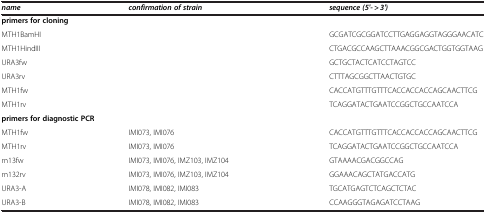
<table><thead><tr><td><b><i>name</i></b></td><td><b><i>confirmation of strain</i></b></td><td><b><i>sequence (5&#x27;- &gt; 3&#x27;)</i></b></td></tr></thead><tbody><tr><td colspan="2"><b>primers for cloning</b></td><td> </td></tr><tr><td colspan="2">MTH1BamHI</td><td>GCGATCGCGGATCCTTGAGGAGGTAGGGAACATC</td></tr><tr><td colspan="2">MTH1HindIII</td><td>CTGACGCCAAGCTTAAACGGCGACTGGTGGTAAG</td></tr><tr><td>URA3fw</td><td> </td><td>GCTGCTACTCATCCTAGTCC</td></tr><tr><td>URA3rv</td><td> </td><td>CTTTAGCGGCTTAACTGTGC</td></tr><tr><td>MTH1fw</td><td> </td><td>CACCATGTTTGTTTCACCACCACCAGCAACTTCG</td></tr><tr><td>MTH1rv</td><td> </td><td>TCAGGATACTGAATCCGGCTGCCAATCCA</td></tr><tr><td colspan="3"><b>primers for diagnostic PCR</b></td></tr><tr><td>MTH1fw</td><td>IMI073, IMI076</td><td>CACCATGTTTGTTTCACCACCACCAGCAACTTCG</td></tr><tr><td>MTH1rv</td><td>IMI073, IMI076</td><td>TCAGGATACTGAATCCGGCTGCCAATCCA</td></tr><tr><td>m13fw</td><td>IMI073, IMI076, IMZ103, IMZ104</td><td>GTAAAACGACGGCCAG</td></tr><tr><td>m132rv</td><td>IMI073, IMI076, IMZ103, IMZ104</td><td>GGAAACAGCTATGACCATG</td></tr><tr><td>URA3-A</td><td>IMI078, IMI082, IMI083</td><td>TGCATGAGTCTCAGCTCTAC</td></tr><tr><td>URA3-B</td><td>IMI078, IMI082, IMI083</td><td>CCAAGGGTAGAGATCCTAAG</td></tr></tbody></table>